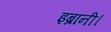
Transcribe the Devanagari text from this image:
इब्रानी।